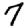
Digit: 7